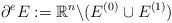
LaTeX: \begin{align*}\partial^{e} E := \mathbb{R}^{n} \backslash( E^{(0)} \cup E^{(1)} )\end{align*}